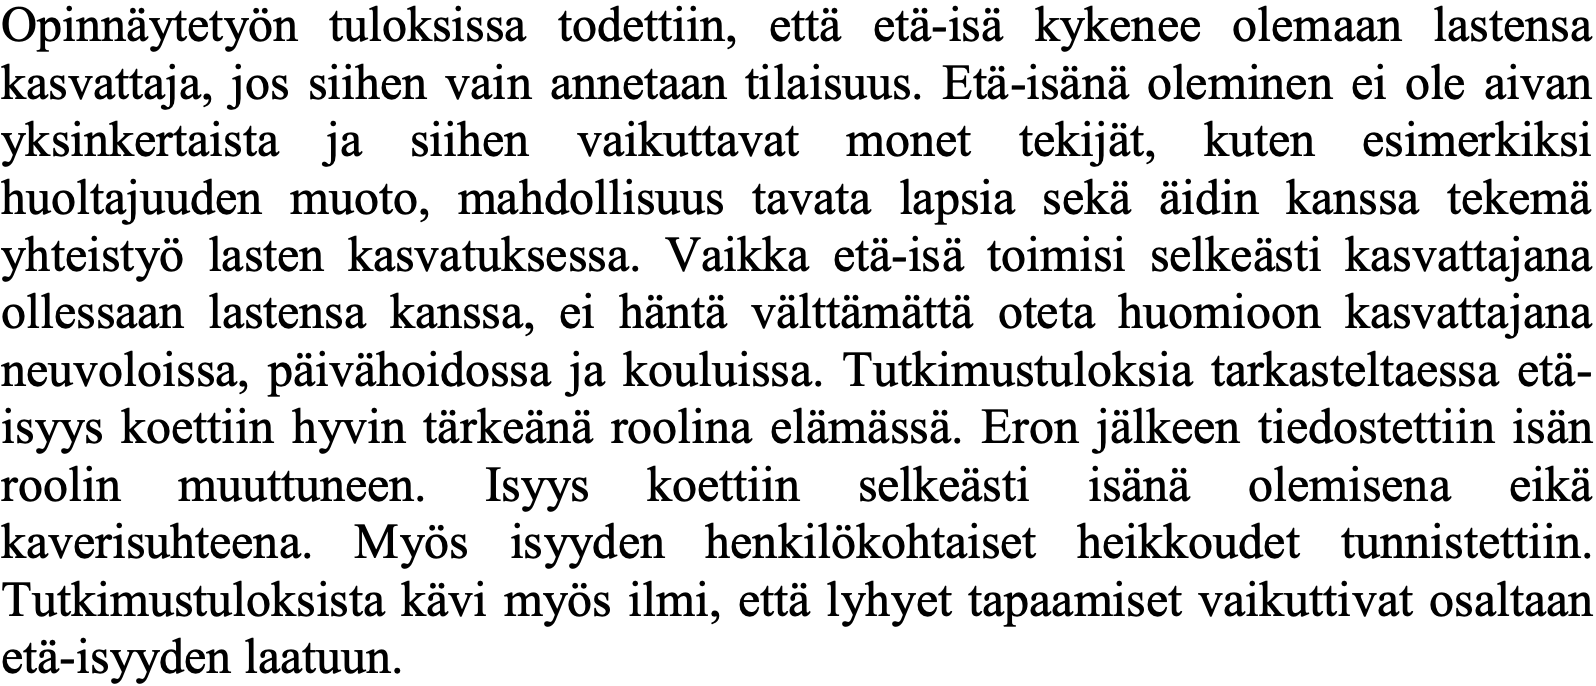
Opinnäytetyön tuloksissa todettiin, että etä-isä kykenee olemaan lastensa kasvattaja, jos siihen vain annetaan tilaisuus. Etä-isänä oleminen ei ole aivan yksinkertaista ja siihen vaikuttavat monet tekijät, kuten esimerkiksi huoltajuuden muoto, mahdollisuus tavata lapsia sekä äidin kanssa tekemä yhteistyö lasten kasvatuksessa. Vaikka etä-isä toimisi selkeästi kasvattajana ollessaan lastensa kanssa, ei häntä välttämättä oteta huomioon kasvattajana neuvoloissa, päivähoidossa ja kouluissa. Tutkimustuloksia tarkasteltaessa etä- isyys koettiin hyvin tärkeänä roolina elämässä. Eron jälkeen tiedostettiin isän roolin muuttuneen. Isyys koettiin selkeästi isänä olemisena eikä kaverisuhteena. Myös isyyden henkilökohtaiset heikkoudet tunnistettiin. Tutkimustuloksista kävi myös ilmi, että lyhyet tapaamiset vaikuttivat osaltaan etä-isyyden laatuun.